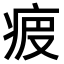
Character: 𤵷